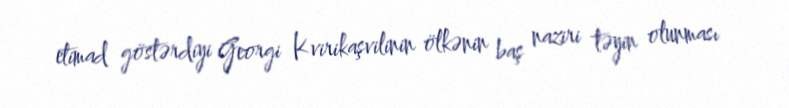
etimad göstərdiyi Georgi Kvirikaşvilinin ölkənin baş naziri təyin olunması